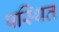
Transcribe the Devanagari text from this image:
पस्थित